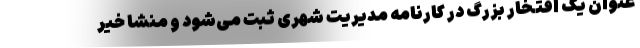
عنوان یک افتخار بزرگ در کارنامه مدیریت شهری ثبت می‌شود و منشا خیر